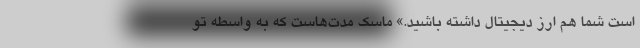
است شما هم ارز دیجیتال داشته باشید.» ماسک مدت‌هاست که به واسطه تو